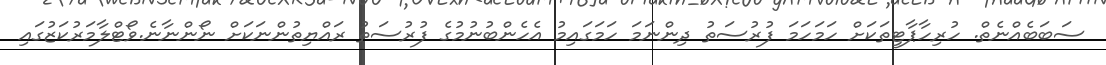
ސަބަބެއްނެތް. ހުރިހާޕާޓީތަކަށް ހަމަހަމަ ފުރުސަތު ދިންނަމަ ހަމަގައިމު އެހެންބުނުމުގެ ފުރުސަތު ރައްޔިތުންނަކަށް ނޯންނާނެ.ވޯޓްލާމަރުކަޒުގައި